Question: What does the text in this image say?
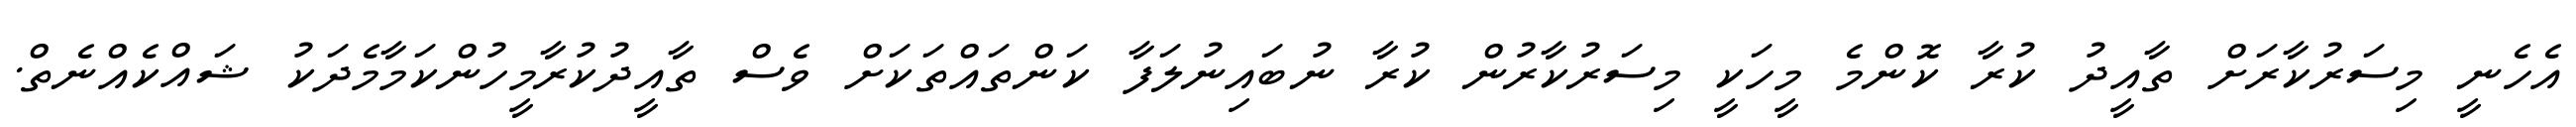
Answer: އެހެނީ މިސަރުކާރަށް ތާއީދު ކުރާ ކޮންމެ މީހަކީ މިސަރުކާރުން ކުރާ ނުބައިނުލަފާ ކަންތައްތަކަށް ވެސް ތާއީދުކުރާމީހުންކަމާމެދަކު ޝައްކެއްނެތް.